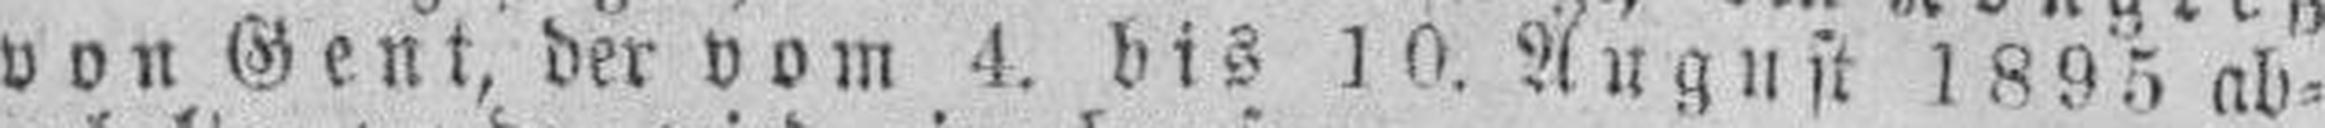
von Gent, der vom 4. bis 10. August 1895 ab¬